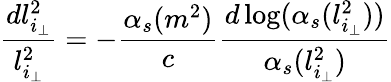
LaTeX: \frac{dl_{i_{\perp}}^{2}}{l_{i_{\perp}}^{2}}=-\frac{\alpha_{s}(m^{2})}{c}\frac{d\log(\alpha_{s}(l_{i_{\perp}}^{2}))}{\alpha_{s}(l_{i_{\perp}}^{2})}